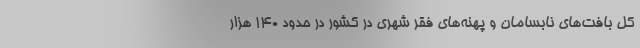
کل بافت‌های نابسامان و پهنه‌های فقر شهری در کشور در حدود ۱۴۰ هزار